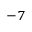
^ { - 7 }